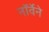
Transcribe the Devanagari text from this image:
नॉर्वेने